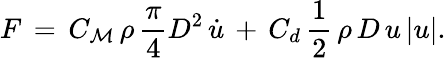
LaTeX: F\, =\, C_{\mathcal{M}}\, \rho\, {\frac{{\pi}}{{4}}}D^{2}\, {\dot{{u}}}\, +\, C_{d}\, {\frac{{1}}{{2}}}\, \rho\, D\, u\, |u|.